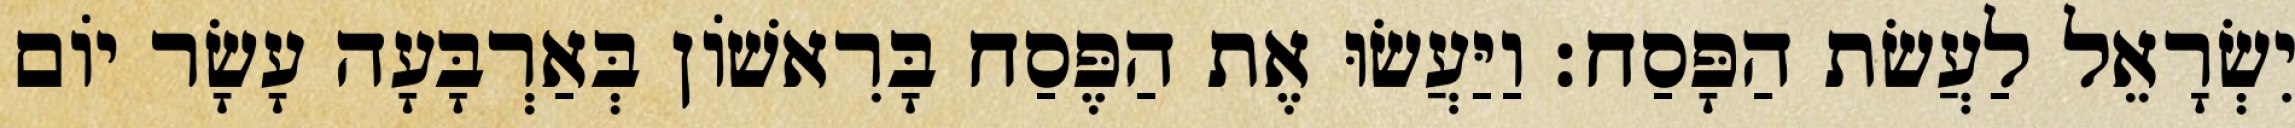
יִשְׂרָאֵל לַעֲשׂת הַפָּסַח׃ וַיַּעֲשׂוּ אֶת הַפֶּסַח בָּרִאשׁוֹן בְּאַרְבָּעָה עָשָׂר יוֹם